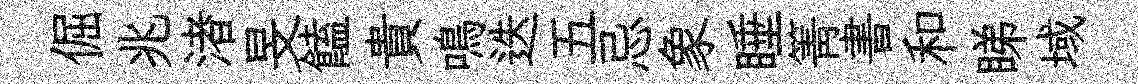
倔兆渚旻饁貴鳴迭五忌象睡箐書和睇域